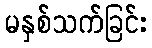
မနှစ်သက်ခြင်း